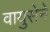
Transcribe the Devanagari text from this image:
वायुसेने